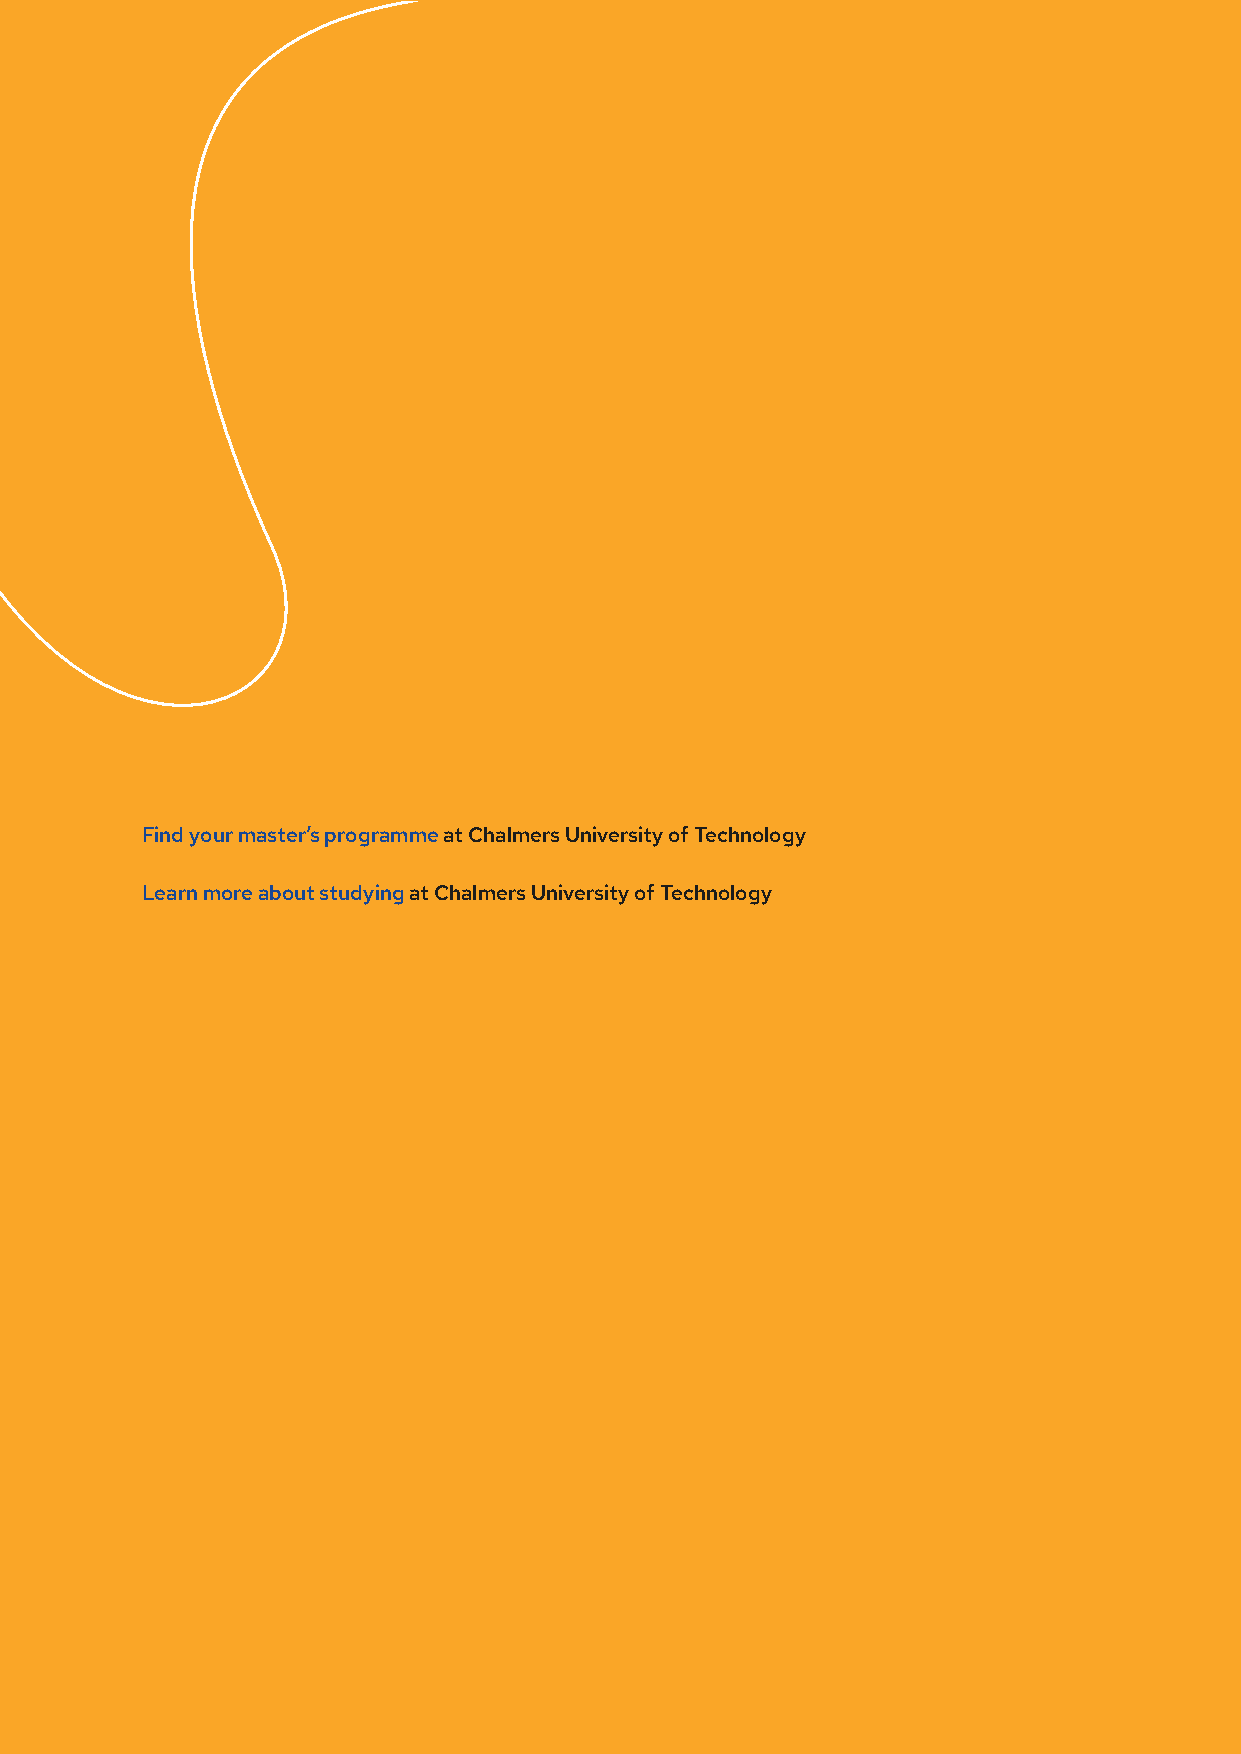
Find your master’s programme at Chalmers University of Technology
 Learn more about studying at Chalmers University of Technology
 How to Study Abroad in Sweden | 12